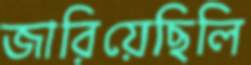
জারিয়েছিলি